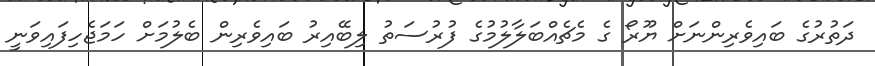
ދަތުރުގެ ބައިވެރިންނަށް ޔޫރޯ ގެ މެޗެއްބަލާލުމުގެ ފުރުސަތު ލިބޭއިރު ބައިވެރިން ބެލުމަށް ހަމަޖެހިފައިވަނީ